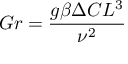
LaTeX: G r = { \frac { g \beta \Delta C L ^ { 3 } } { \nu ^ { 2 } } }